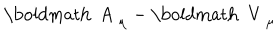
LaTeX: \mathrm { \boldmath ~ A ~ } _ { \mu } - \mathrm { \boldmath ~ V ~ } _ { \mu }